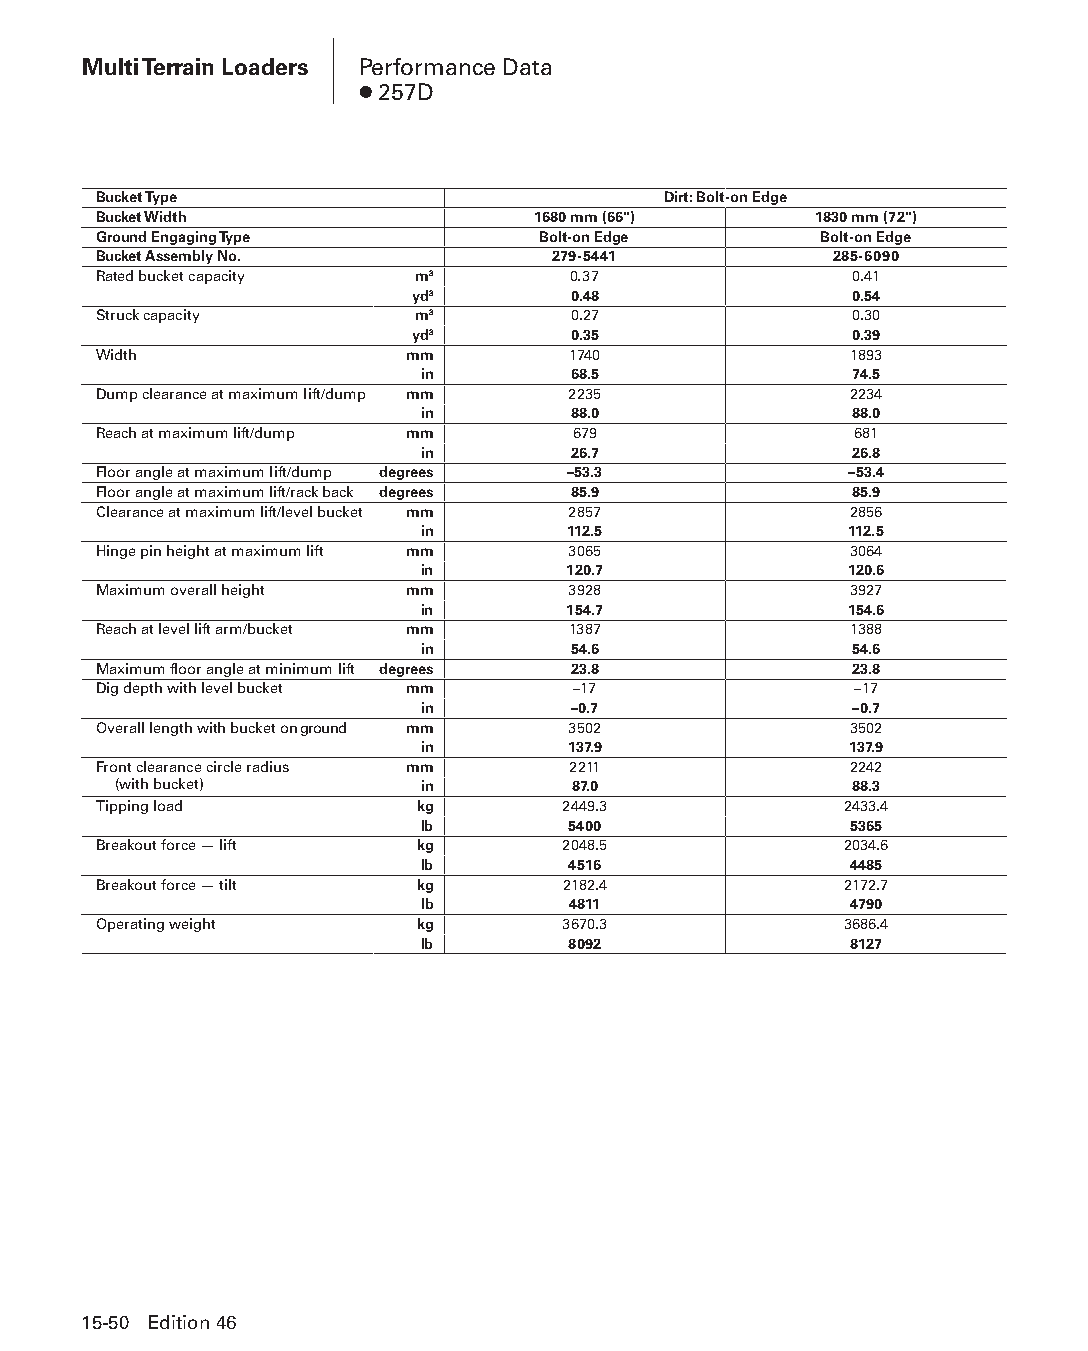
Multi Terrain Loaders Performance Data
 ● 257D
 Bucket Type                          Dirt: Bolt-on Edge
 Bucket Width                 1680 mm (66")     1830 mm (72")
 Ground Engaging Type         Bolt-on Edge       Bolt-on Edge
 Bucket Assembly No.           279-5441           285-6090
 Rated bucket capacity m3       0.37               0.41
 yd3       0.48               0.54
 Struck capacity      m3        0.27               0.30
 yd3       0.35               0.39
 Width               mm         1740               1893
 in        68.5               74.5
 Dump clearance at maximum lift/dump mm 2235       2234
 in        88.0               88.0
 Reach at maximum lift/dump mm  679                681
 in        26.7               26.8
 Floor angle at maximum lift/dump degrees –53.3    –53.4
 Floor angle at maximum lift/rack back degrees 85.9 85.9
 Clearance at maximum lift/level bucket mm 2857    2856
 in        112.5              112.5
 Hinge pin height at maximum lift mm 3065          3064
 in        120.7             120.6
 Maximum overall height mm      3928               3927
 in        154.7             154.6
 Reach at level lift arm/bucket mm 1387            1388
 in        54.6               54.6
 Maximum floor angle at minimum lift degrees 23.8  23.8
 Dig depth with level bucket mm –17                –17
 in        –0.7               –0.7
 Overall length with bucket on ground mm 3502      3502
 in        137.9              137.9
 Front clearance circle radius mm 2211             2242
 (with bucket)       in        87.0               88.3
 Tipping load         kg        2449.3            2433.4
 lb        5400               5365
 Breakout force — lift kg       2048.5            2034.6
 lb        4516               4485
 Breakout force — tilt kg       2182.4            2172.7
 lb        4811               4790
 Operating weight     kg        3670.3            3686.4
 lb        8092               8127
 15-50 Edition 46
 PPHHBB--SSeecc1155--1166..iinndddd 5500                        1122//44//1155 1100::5511 AAMM